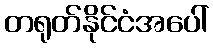
တရုတ်နိုင်ငံအပေါ်